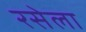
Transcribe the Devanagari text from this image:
रसेला